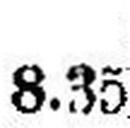
8.35